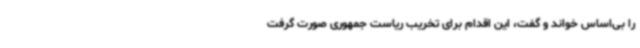
را بی‌اساس خواند و گفت، این اقدام برای تخریب ریاست جمهوری صورت گرفت